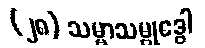
(၂၈) သမ္မာသမ္ဗုဒ္ဓေါ